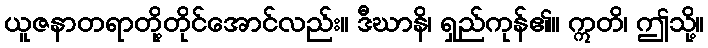
ယူဇနာတရာတို့တိုင်အောင်လည်း။ ဒီဃာနိ၊ ရှည်ကုန်၏။ ဣတိ၊ ဤသို့။